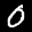
Label: 0